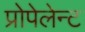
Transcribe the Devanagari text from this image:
प्रोपेलेन्ट